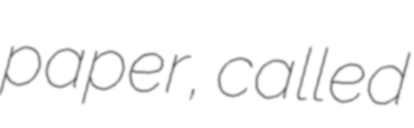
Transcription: paper, called